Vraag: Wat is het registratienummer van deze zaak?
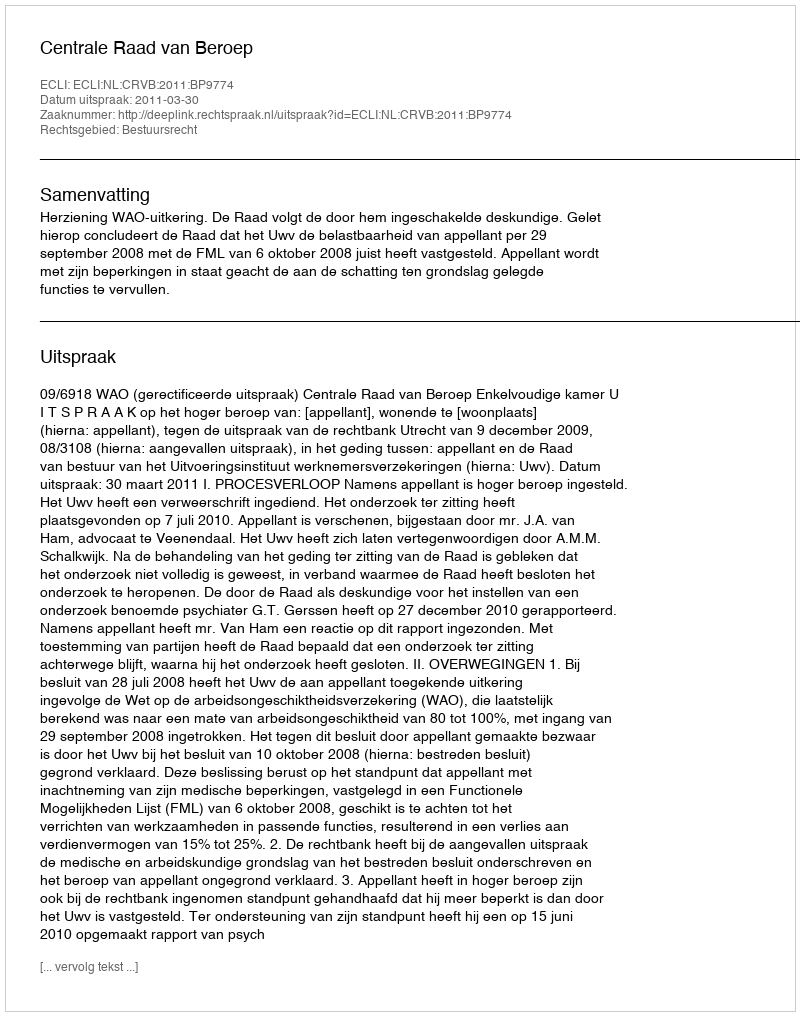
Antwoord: http://deeplink.rechtspraak.nl/uitspraak?id=ECLI:NL:CRVB:2011:BP9774